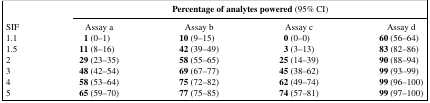
<table><thead><tr><td></td><td colspan="4"><b>Percentage of analytes powered (95% CI)</b></td></tr></thead><tbody><tr><td>SIF</td><td>Assay a</td><td>Assay b</td><td>Assay c</td><td>Assay d</td></tr><tr><td>1.1</td><td><b>1</b> (0–1)</td><td><b>10</b> (9–15)</td><td><b>0</b> (0–0)</td><td><b>60</b> (56–64)</td></tr><tr><td>1.5</td><td><b>11</b> (8–16)</td><td><b>42</b> (39–49)</td><td><b>3</b> (3–13)</td><td><b>83</b> (82–86)</td></tr><tr><td>2</td><td><b>29</b> (23–35)</td><td><b>58</b> (55–65)</td><td><b>25</b> (14–39)</td><td><b>90</b> (88–94)</td></tr><tr><td>3</td><td><b>48</b> (42–54)</td><td><b>69</b> (67–77)</td><td><b>45</b> (38–62)</td><td><b>99</b> (93–99)</td></tr><tr><td>4</td><td><b>58</b> (53–64)</td><td><b>75</b> (72–82)</td><td><b>62</b> (49–74)</td><td><b>99</b> (96–100)</td></tr><tr><td>5</td><td><b>65</b> (59–70)</td><td><b>77</b> (75–85)</td><td><b>74</b> (57–81)</td><td><b>99</b> (97–100)</td></tr></tbody></table>